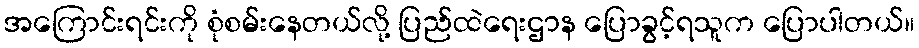
အကြောင်းရင်းကို စုံစမ်းနေတယ်လို့ ပြည်ထဲရေးဌာန ပြောခွင့်ရသူက ပြောပါတယ်။